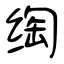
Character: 绹